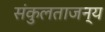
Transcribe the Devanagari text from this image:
संकुलताजन्य